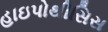
હાઇપોથીસિસ